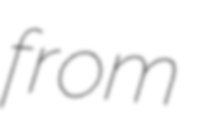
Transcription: from